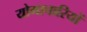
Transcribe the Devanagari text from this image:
योगाचारियों